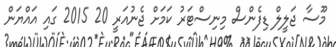
މޫސާ ޖަލީލް ޑިފެންސް މިނިސްޓަރު ކަމަށް ޖެނުއަރީ 20 2015 ގައި އައްޔަން